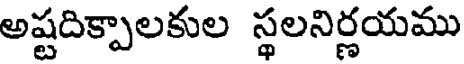
అష్టదిక్పాలకుల స్థలనిర్ణయము